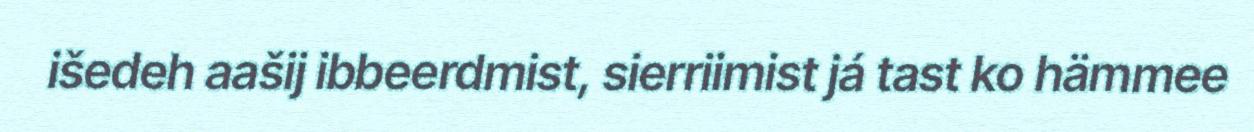
išedeh aašij ibbeerdmist, sierriimist já tast ko hämmee